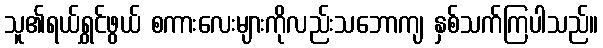
သူ၏ရယ်ရွှင်ဖွယ် စကားလေးများကိုလည်းသဘောကျ နှစ်သက်ကြပါသည်။